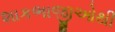
શાકભાજીઓથી